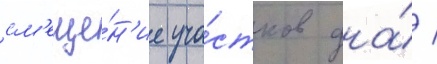
см'еще́н'ие уча́стков дна́ /